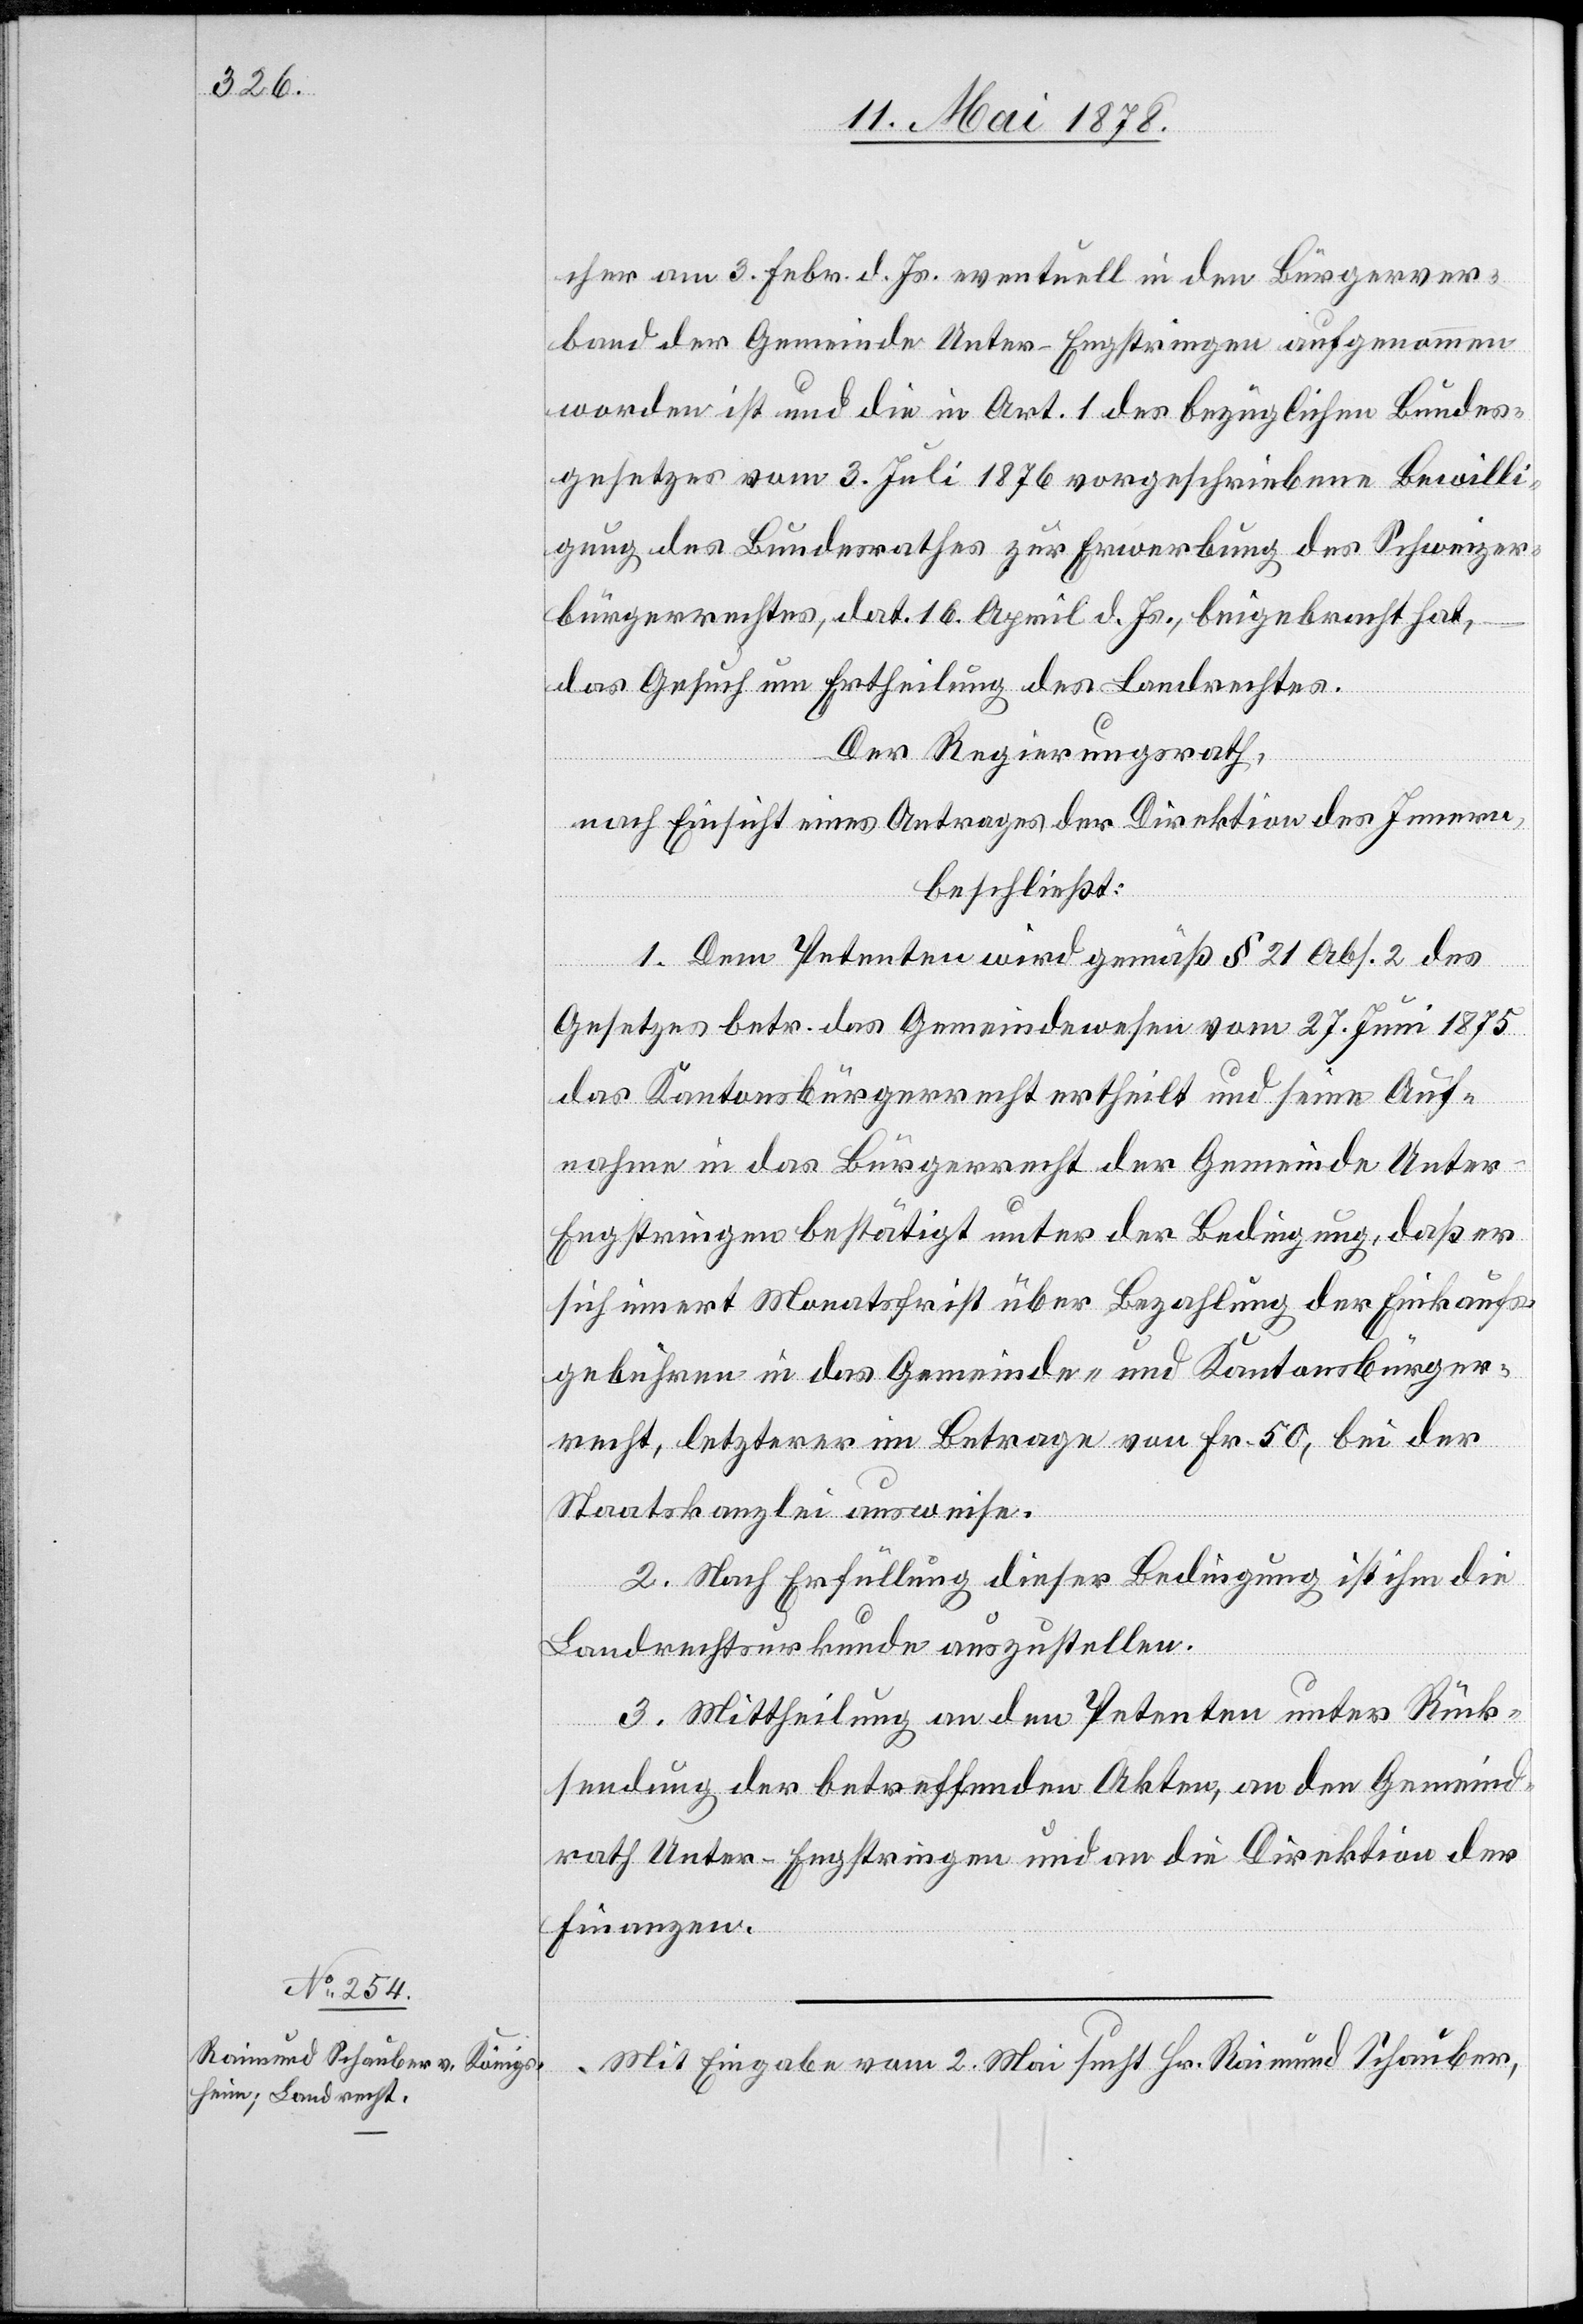
cher am 3. Febr. d. Js. eventuell in den Bürgerver¬
band der Gemeinde Unter-Engstringen aufgenommen
worden ist und die in Art. 1 des bezüglichen Bundes¬
gesetzes vom 3. Juli 1876 vorgeschriebene Bewilli¬
gung des Bundesrathes zur Erwerbung des Schweizer¬
bürgerrechtes, dat. 25. März d. Js., beigebracht hat,
das Gesuch um Ertheilung des Landrechtes.
Der Regierungsrath,
der
nach Einsicht eines Antrages der Direktion des Innern,
beschließt:
1. Dem Petenten wird gemäß § 21 Abs. 2 des
Gesetzes betreffend das Gemeindewesen vom 27. Juni 1875
das Kantonsbürgerrecht ertheilt und seine Auf¬
nahme in das Bürgerrecht der Gemeinde Unte¬
r-Engstringen bestätigt unter der Bedingung, daß er
sich innert Monatsfrist über Bezahlung der Einkaufs¬
gebühren in das Gemeinde- und Kantonsbürger¬
recht, letzterer im Betrage von Fr. 50, bei der
Staatskanzlei ausweise.
2. Nach Erfüllung dieser Bedingung ist ihm die
Landrechtsurkunde auszustellen.
3. Mittheilung an den Petenten unter Rück¬
sendung der betreffenden Akten, an den Stadt¬
Finanzen.
Mit Eingabe vom 2. Mai sucht Hr. Raimund Schauber,